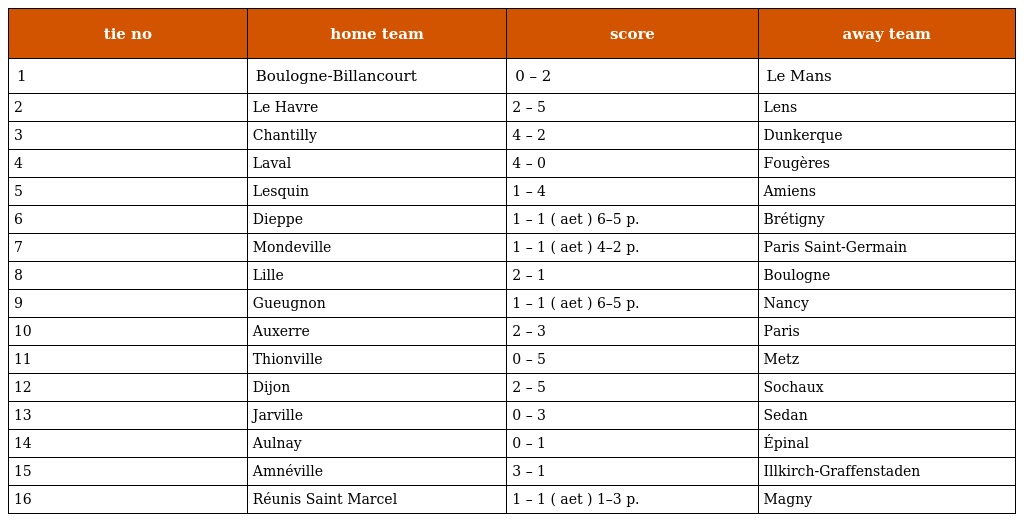
| tie no | home team | score | away team |
 | --- | --- | --- | --- |
 | 1 | Boulogne-Billancourt | 0 – 2 | Le Mans |
 | 2 | Le Havre | 2 – 5 | Lens |
 | 3 | Chantilly | 4 – 2 | Dunkerque |
 | 4 | Laval | 4 – 0 | Fougères |
 | 5 | Lesquin | 1 – 4 | Amiens |
 | 6 | Dieppe | 1 – 1 ( aet ) 6–5 p. | Brétigny |
 | 7 | Mondeville | 1 – 1 ( aet ) 4–2 p. | Paris Saint-Germain |
 | 8 | Lille | 2 – 1 | Boulogne |
 | 9 | Gueugnon | 1 – 1 ( aet ) 6–5 p. | Nancy |
 | 10 | Auxerre | 2 – 3 | Paris |
 | 11 | Thionville | 0 – 5 | Metz |
 | 12 | Dijon | 2 – 5 | Sochaux |
 | 13 | Jarville | 0 – 3 | Sedan |
 | 14 | Aulnay | 0 – 1 | Épinal |
 | 15 | Amnéville | 3 – 1 | Illkirch-Graffenstaden |
 | 16 | Réunis Saint Marcel | 1 – 1 ( aet ) 1–3 p. | Magny |